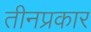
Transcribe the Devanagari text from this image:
तीनप्रकार